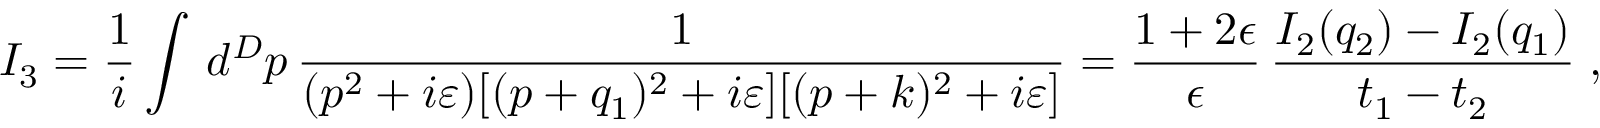
I _ { 3 } = \frac { 1 } { i } \int \, d ^ { D } p \, \frac { 1 } { ( p ^ { 2 } + i \varepsilon ) [ ( p + q _ { 1 } ) ^ { 2 } + i \varepsilon ] [ ( p + k ) ^ { 2 } + i \varepsilon ] } = \frac { 1 + 2 \epsilon } { \epsilon } \, \frac { I _ { 2 } ( q _ { 2 } ) - I _ { 2 } ( q _ { 1 } ) } { t _ { 1 } - t _ { 2 } } \; ,